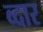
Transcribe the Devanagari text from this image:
व्दार